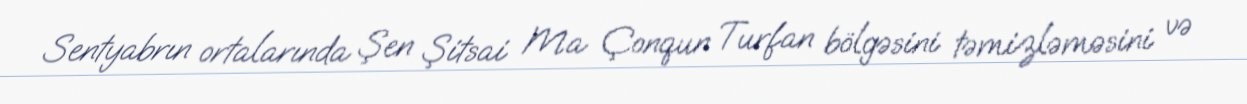
Sentyabrın ortalarında Şen Şitsai Ma Çonqun Turfan bölgəsini təmizləməsini və